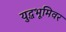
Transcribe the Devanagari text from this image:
युद्धभूमिवर